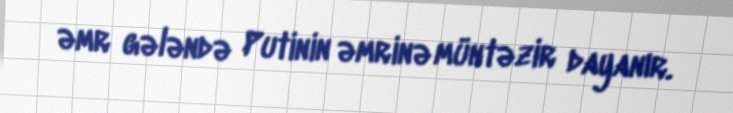
əmr gələndə Putinin əmrinə müntəzir dayanır.